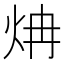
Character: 𬊁